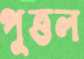
পুত্তল